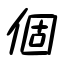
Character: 個